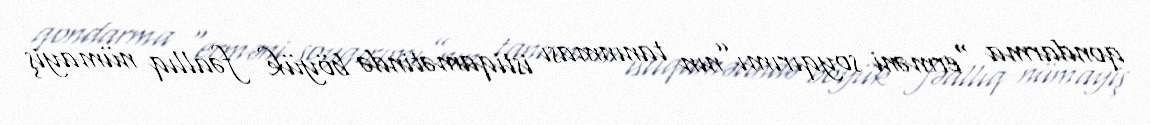
qondarma “erməni soyqırımı”nın tanınması istiqamətində böyük fəallıq nümayiş